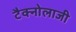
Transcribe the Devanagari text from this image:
टैक्नोलाजी